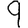
Digit: 9